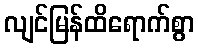
လျင်မြန်ထိရောက်စွာ